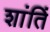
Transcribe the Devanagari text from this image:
शांतिं